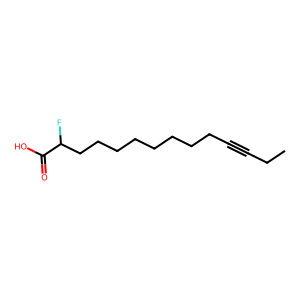
SMILES: CCC#CCCCCCCCCC(F)C(=O)O
Inhibits HIV replication: No